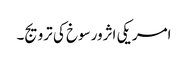
امریکی اثرورسوخ کی ترویج۔